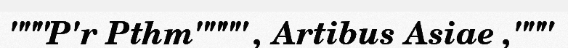
"""P'r Pthm"""" , Artibus Asiae ,"""